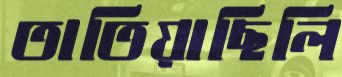
তাতিয়াছিলি